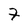
Character: F